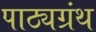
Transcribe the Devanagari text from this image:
पाठ्यग्रंथ